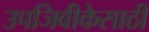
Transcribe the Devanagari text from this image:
उपजिवीकेसाठी